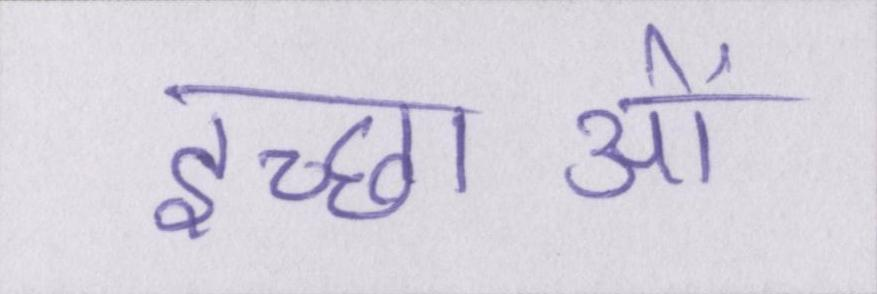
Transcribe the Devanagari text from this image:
इच्छाओं